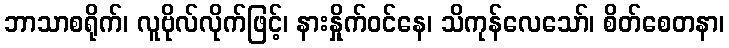
ဘာသာစရိုက်၊ လူဗိုလ်လိုက်ဖြင့်၊ နားနှိုက်ဝင်နေ၊ သိကုန်လေသော်၊ စိတ်စေတနာ၊